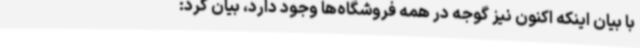
با بیان اینکه اکنون نیز گوجه در همه فروشگاه‌ها وجود دارد، بیان کرد: